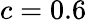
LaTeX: c=0.6